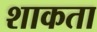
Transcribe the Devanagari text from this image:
शाकता